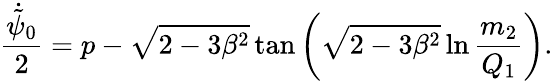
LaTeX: \frac{\dot{\tilde{\psi}}_{0}}{2}=p-\sqrt{2-3\beta^{2}}\tan\left(\sqrt{2-3\beta^{2}}\ln\frac{m_{2}}{Q_{1}}\right).